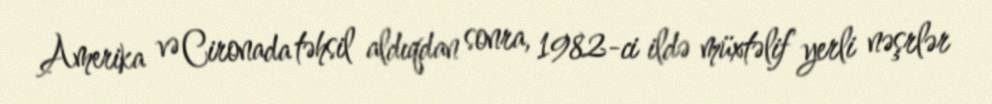
Amerika və Cironada təhsil aldıqdan sonra, 1982-ci ildə müxtəlif yerli nəşrlər